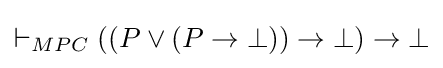
\vdash _{MPC}((P\lor (P\to \bot ))\to \bot )\to \bot